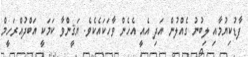
ފާޑުކިޔުމާއި ލިބުނު ގެއްލުން އަދި އެއީ އެހެން ވާހަކައެކެވެ. ޔަޤީންވާ ކަމަކީ އަބްދުއްރަހީމް